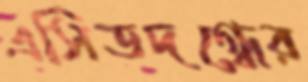
এসিডদগ্ধের